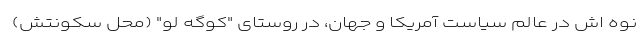
نوه اش در عالم سیاست آمریکا و جهان، در روستای "کوگه لو" (محل سکونتش)